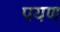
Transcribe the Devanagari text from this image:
पयण